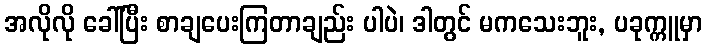
အလိုလို ခေါ်ပြီး စာချပေးကြတာချည်း ပါပဲ၊ ဒါတွင် မကသေးဘူး, ပခုက္ကူမှာ